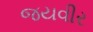
જયવીર